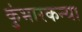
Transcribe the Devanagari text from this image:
कुंभारकन्या